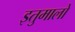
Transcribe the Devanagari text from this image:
इतुमालो